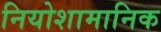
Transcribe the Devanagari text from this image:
नियोशामानिक